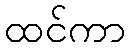
ထင်ကာ